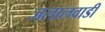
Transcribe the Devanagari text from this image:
जलालवाडी